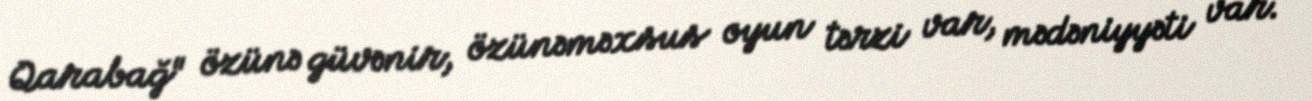
Qarabağ" özünə güvənir, özünəməxsus oyun tərzi var, mədəniyyəti var.